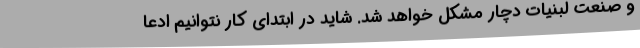
و صنعت لبنیات دچار مشکل خواهد شد. شاید در ابتدای کار نتوانیم ادعا